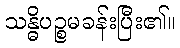
သန္ဓိပဉ္စမခန်းပြီး၏။